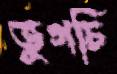
ভুগচি